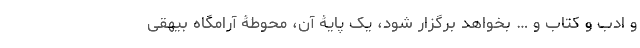
و ادب و کتاب و … بخواهد برگزار شود، یک پایۀ آن، محوطۀ آرامگاه بیهقی